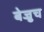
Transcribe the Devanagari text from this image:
बेज्रुच